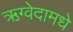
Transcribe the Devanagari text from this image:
ऋग्वेदामधे